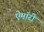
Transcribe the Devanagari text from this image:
ऐमॉरी